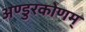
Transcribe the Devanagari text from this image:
अण्डुरकोणम्